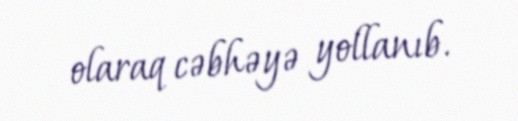
olaraq cəbhəyə yollanıb.